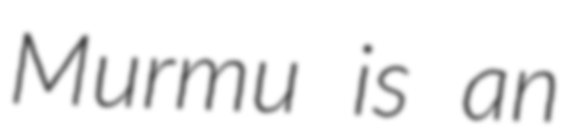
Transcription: Murmu is an